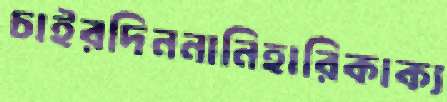
চাইরদিননানিহারিকাক্য